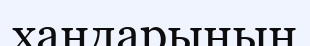
хандарының